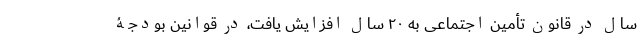
سال در قانون تأمین اجتماعی به ۲۰ سال افزایش یافت، در قوانین بودجۀ